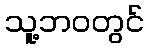
သူ့ဘဝတွင်